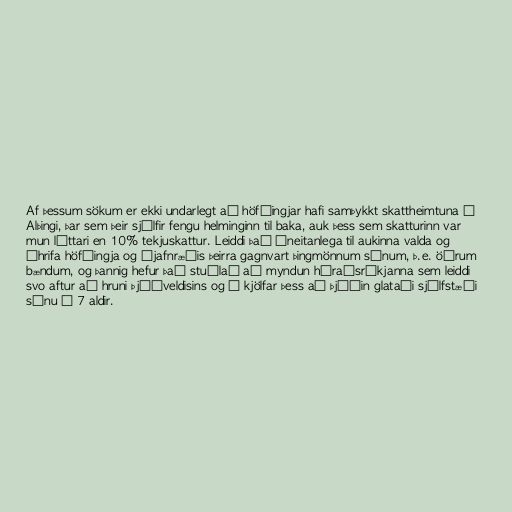
Af þessum sökum er ekki undarlegt að höfðingjar hafi samþykkt skattheimtuna á
Alþingi, þar sem þeir sjálfir fengu helminginn til baka, auk þess sem skatturinn var
mun léttari en 10% tekjuskattur. Leiddi það óneitanlega til aukinna valda og
áhrifa höfðingja og ójafnræðis þeirra gagnvart þingmönnum sínum, þ.e. öðrum
bændum, og þannig hefur það stuðlað að myndun héraðsríkjanna sem leiddi
svo aftur að hruni Þjóðveldisins og í kjölfar þess að þjóðin glataði sjálfstæði
sínu í 7 aldir.